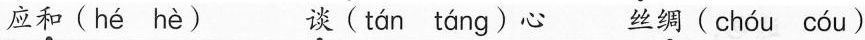
应和 ( hé hè ) 谈 ( tán táng ) 心 丝绸 ( chóu cóu )